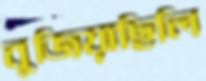
বুজিয়াছিলি